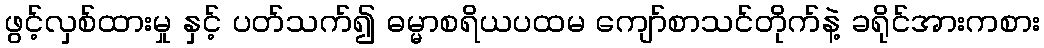
ဖွင့်လှစ်ထားမှု နှင့် ပတ်သက်၍ ဓမ္မာစရိယပထမ ကျော်စာသင်တိုက်နဲ့ ခရိုင်အားကစား